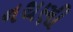
નથણી